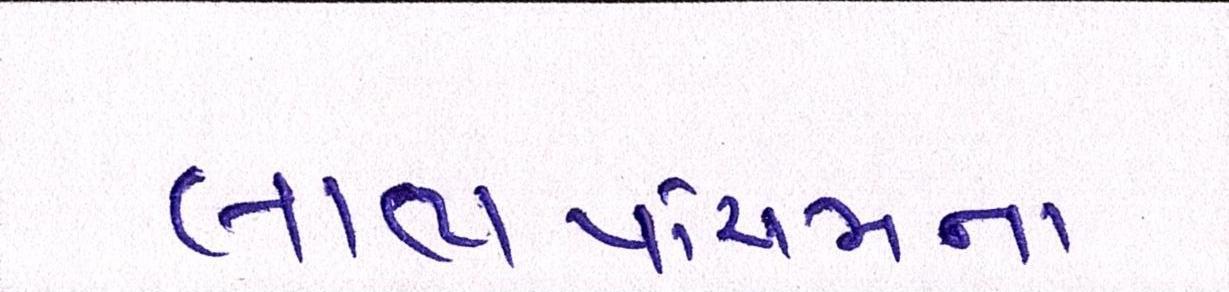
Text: લાભપાંચમના